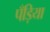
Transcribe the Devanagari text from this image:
पँड़िया